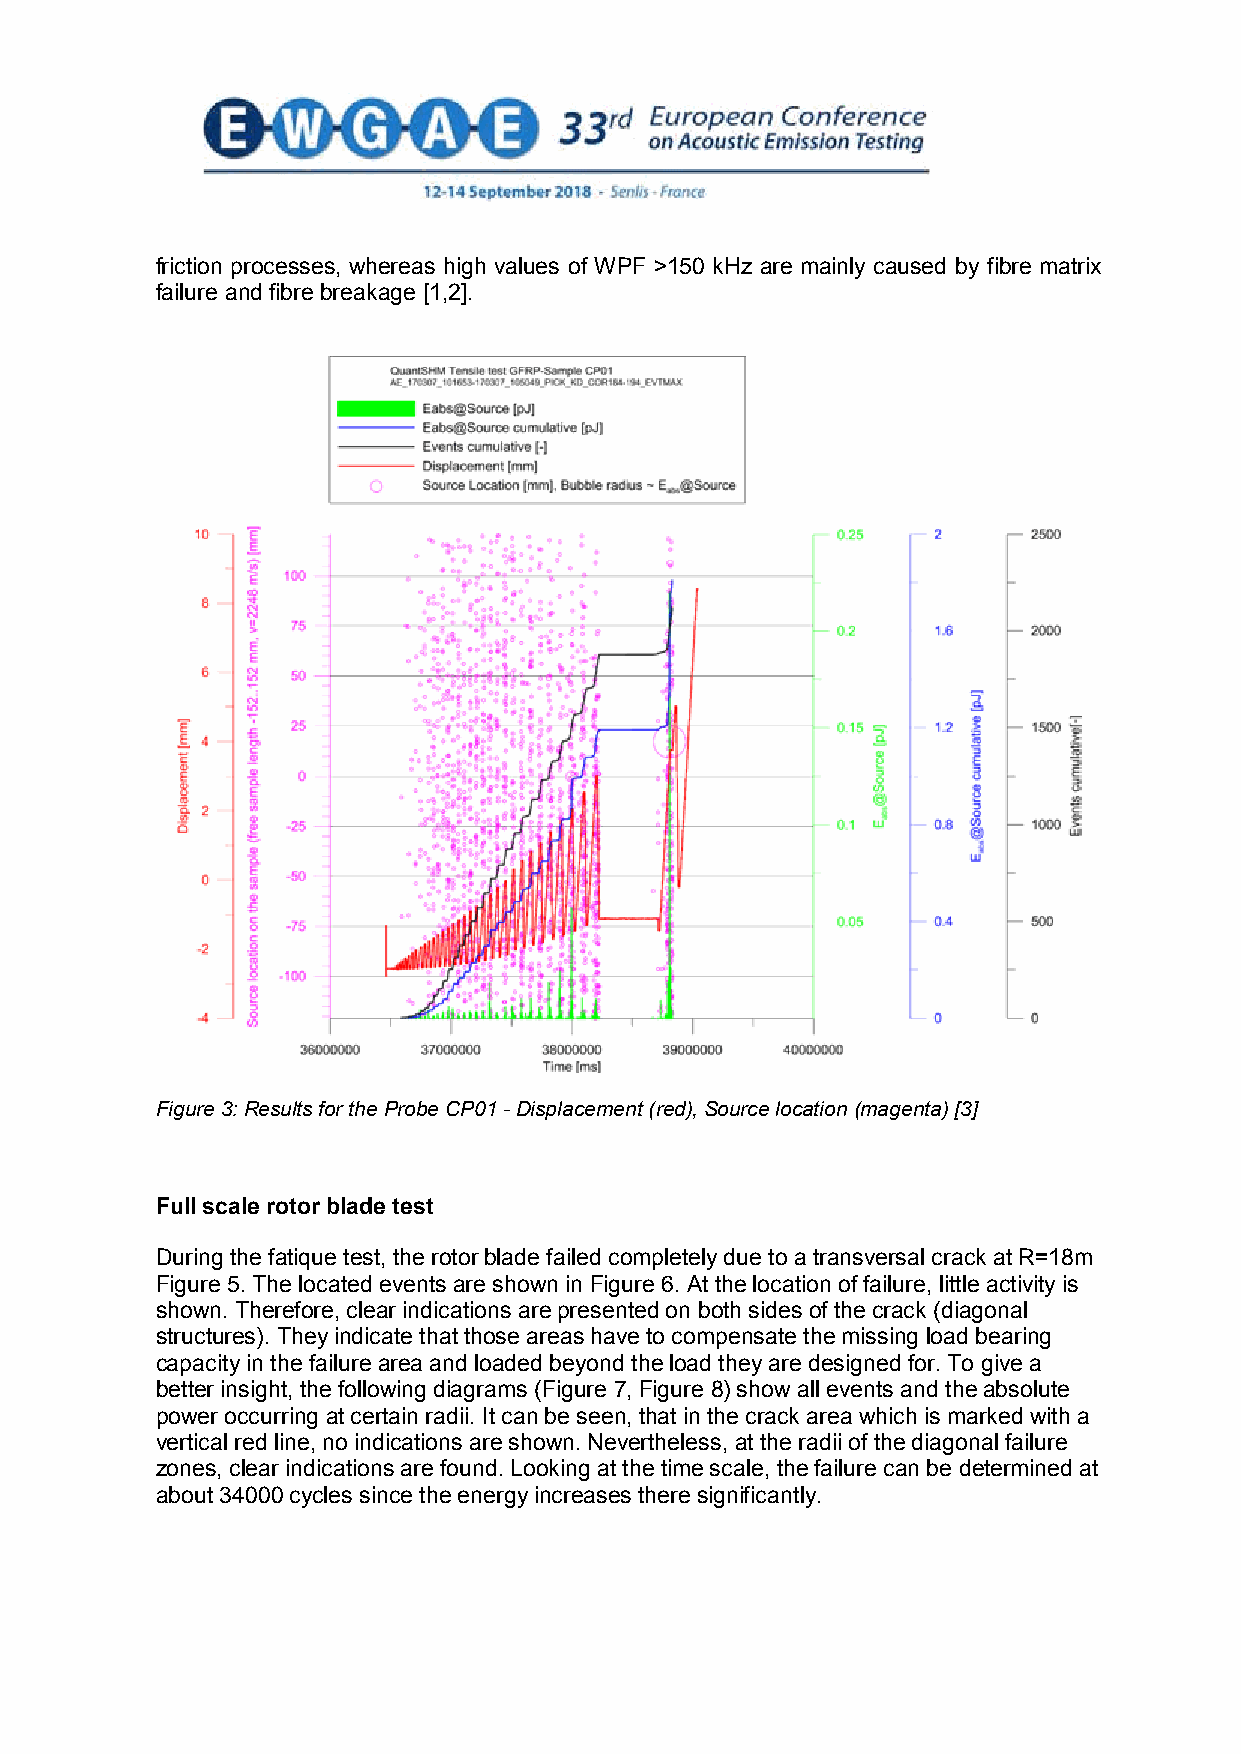
friction processes, whereas high values of WPF >150 kHz are mainly caused by fibre matrix
 failure and fibre breakage [1,2].
 Figure 3: Results for the Probe CP01 - Displacement (red), Source location (magenta) [3]
 Full scale rotor blade test
 During the fatique test, the rotor blade failed completely due to a transversal crack at R=18m
 Figure 5. The located events are shown in Figure 6. At the location of failure, little activity is
 shown. Therefore, clear indications are presented on both sides of the crack (diagonal
 structures). They indicate that those areas have to compensate the missing load bearing
 capacity in the failure area and loaded beyond the load they are designed for. To give a
 better insight, the following diagrams (Figure 7, Figure 8) show all events and the absolute
 power occurring at certain radii. It can be seen, that in the crack area which is marked with a
 vertical red line, no indications are shown. Nevertheless, at the radii of the diagonal failure
 zones, clear indications are found. Looking at the time scale, the failure can be determined at
 about 34000 cycles since the energy increases there significantly.
 4